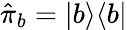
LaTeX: \hat{\pi}_{b}=|b\rangle\langle b|